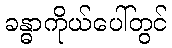
ခန္ဓာကိုယ်ပေါ်တွင်